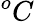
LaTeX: ^{o}C